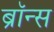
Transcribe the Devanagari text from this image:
ब्रॉन्‍स